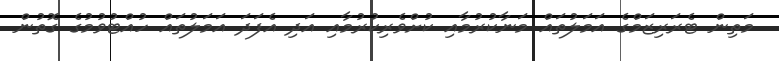
މަތިން ޓެރަރިޒަމްގެ އަމަލުތައް މަނާކުރުމާއި ކުށްވެރިކުރުމާއި އަދި އެފަދަ އަމަލުތައް ހުއްޓުވުމުގެ ގޮތުން